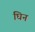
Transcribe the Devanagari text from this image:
घिन